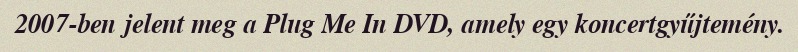
2007-ben jelent meg a Plug Me In DVD, amely egy koncertgyűjtemény.